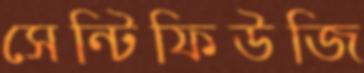
সেন্টিফিউজি